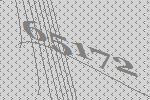
65172